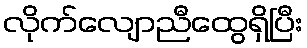
လိုက်လျောညီထွေရှိပြီး